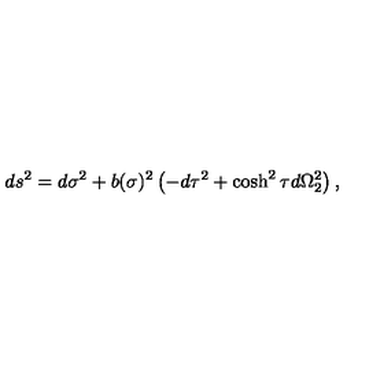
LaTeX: d s ^ { 2 } = d \sigma ^ { 2 } + b ( \sigma ) ^ { 2 } \left( - d \tau ^ { 2 } + \cosh ^ { 2 } \tau d \Omega _ { 2 } ^ { 2 } \right) ,